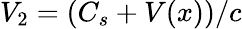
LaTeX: V_{2}=(C_{s}+V(x))/c